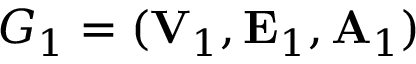
G _ { 1 } = ( { \bf V } _ { 1 } , { \bf E } _ { 1 } , { \bf A } _ { 1 } )